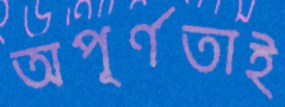
অপূর্ণতাই